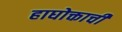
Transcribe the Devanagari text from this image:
हाघोक्ताची